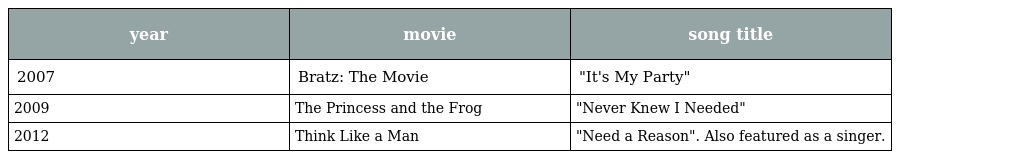
| year | movie | song title |
 | --- | --- | --- |
 | 2007 | Bratz: The Movie | "It's My Party" |
 | 2009 | The Princess and the Frog | "Never Knew I Needed" |
 | 2012 | Think Like a Man | "Need a Reason". Also featured as a singer. |